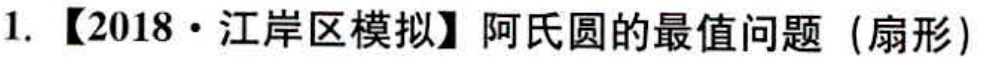
1. 【2018·江岸区模拟】阿氏圆的最值问题（扇形）